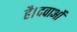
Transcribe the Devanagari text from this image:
है।दवाओं